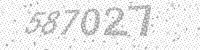
Solution: 587027